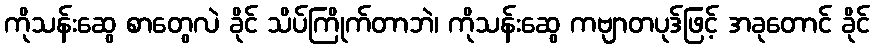
ကိုသန်းဆွေ စာတွေလဲ ခိုင် သိပ်ကြိုက်တာဘဲ၊ ကိုသန်းဆွေ ကဗျာတပုဒ်ဖြင့် အခုတောင် ခိုင်